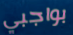
بواجبي